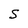
Character: S